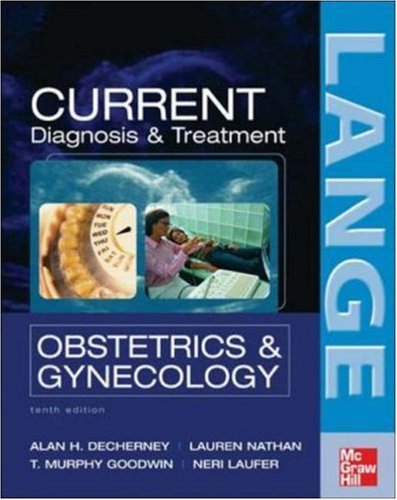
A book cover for CURRENT Diagnosis & Treatment Obstetrics & Gynecology, Tenth Edition (LANGE CURRENT Series); Alan DeCherney; Health, Fitness & Dieting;